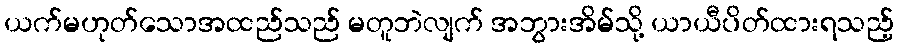
ယက်မဟုတ်သောအထည်သည် မတူဘဲလျက် အဘွားအိမ်သို့ ယာယီပိတ်ထားရသည့်